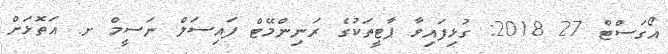
އޯގަސްޓް 27 2018: ގުޅިފައިވާ ޕާޓީތަކުގެ ރަނިންްމޭޓް ފައިސަލް ނަސީމް ށ. އަތޮޅަށް